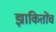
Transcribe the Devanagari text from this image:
झाकितोंच